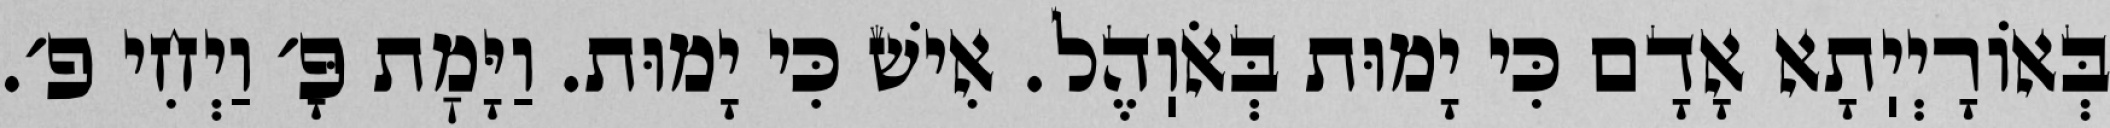
בְּאוֹרָיְיֽתָא אָדָם כִּי יָמוּת בְּאֹוֽהֶל. אִישׁ כִּי יָמוּת. וַיָּמׇת פָּ׳ וַיְחִי פ׳.